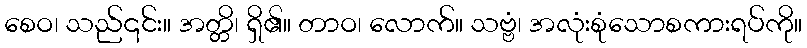
စေဝ၊ သည်၎င်း။ အတ္တိ၊ ရှိ၏။ တာဝ၊ လောက်။ သဗ္ဗံ၊ အလုံးစုံသောစကားရပ်ကို။